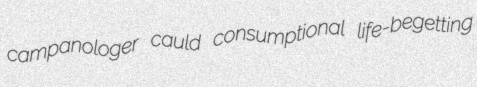
campanologer cauld consumptional life-begetting